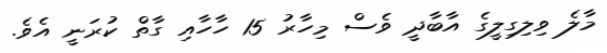
މާލެ ވިލިގިލީގެ އާބާދީ ވެސް މިހާރު 15 ހާހާއި ގާތް ކުރަނީ އެވެ.